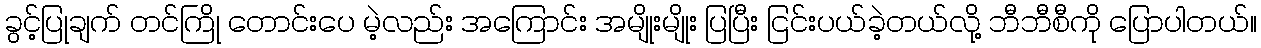
ခွင့်ပြုချက် တင်ကြို တောင်းပေ မဲ့လည်း အကြောင်း အမျိုးမျိုး ပြပြီး ငြင်းပယ်ခဲ့တယ်လို့ ဘီဘီစီကို ပြောပါတယ်။